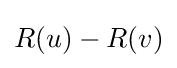
R(u)-R(v)